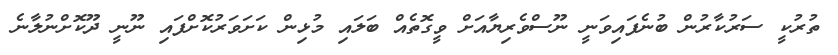
ތުރުކީ ސަރުކާރުން ބުނެފައިވަނީ ނޫސްވެރިޔާއަށް ވީގޮތެއް ބަލައި މުޅިން ކަށަވަރުކޮށްފައި ނޫނީ ދޫކޮށްނުލާނެ